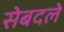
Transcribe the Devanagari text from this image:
सेबदले